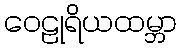
ဝေဠုရိယထမ္ဘာ